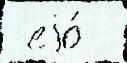
 еjо́